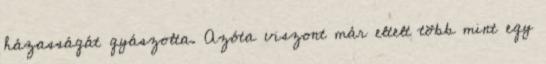
házasságát gyászolta. Azóta viszont már eltelt több mint egy